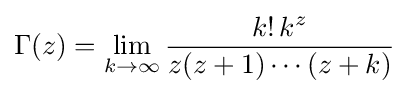
\Gamma (z)=\lim _{k\to \infty }{\frac {k!\,k^{z}}{z(z+1)\cdots (z+k)}}